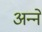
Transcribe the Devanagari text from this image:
अन्‍ने